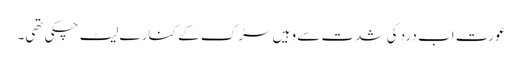
عورت اب درد کی شدت سے وہیں سڑک کے کنارے لیٹ چکی تھی۔